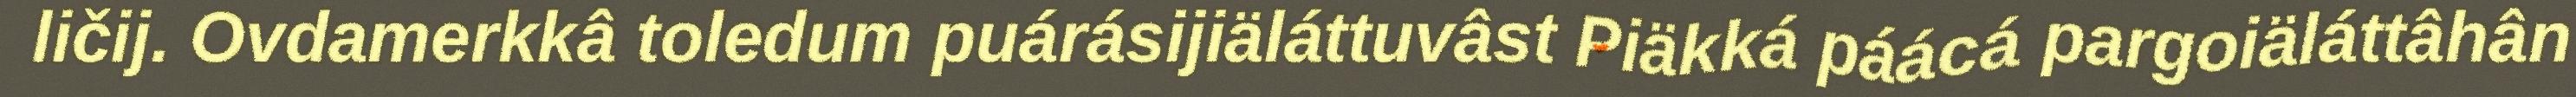
ličij. Ovdamerkkâ toledum puárásijiäláttuvâst Piäkká páácá pargoiäláttâhân